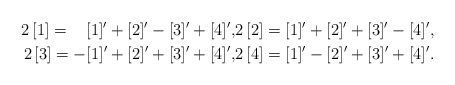
\begin{align*}2\,[1]=\;\;\,\,[1]'+[2]'-[3]'+[4]',&2\,[2]=[1]'+[2]'+[3]'-[4]',\\2\,[3]=-[1]'+[2]'+[3]'+[4]',&2\,[4]=[1]'-[2]'+[3]'+[4]'.\end{align*}